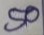
50